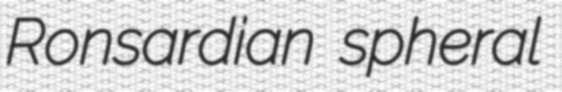
Ronsardian spheral